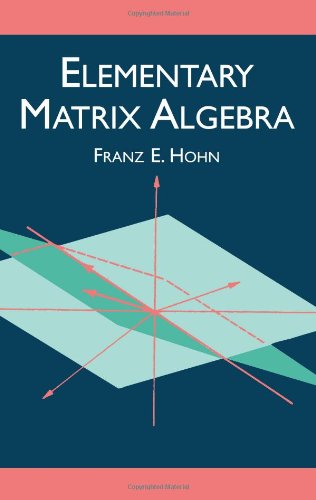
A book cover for Elementary Matrix Algebra (Dover Books on Mathematics); Franz E. Hohn; Science & Math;